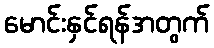
မောင်းနှင်ရန်အတွက်